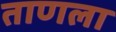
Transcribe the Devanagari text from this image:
ताणला